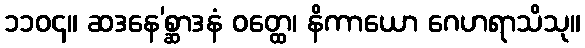
၁၁၀၄။ ဆဒနေ’စ္ဆာဒနံ ဝတ္ထေ၊ နိကာယော ဂေဟရာသိသု။